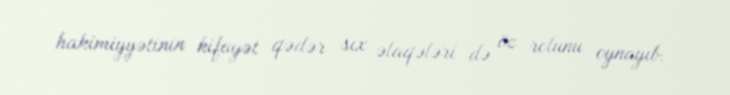
hakimiyyətinin kifayət qədər sıx əlaqələri də öz rolunu oynayıb.